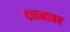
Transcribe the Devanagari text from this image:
दफनावर